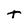
Character: T